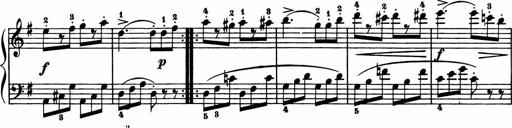
Title: 11 Sonatinas for Piano Solo
Composer: Anton Diabelli